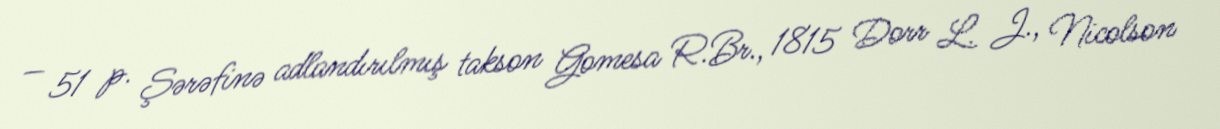
— 51 p. Şərəfinə adlandırılmış takson Gomesa R.Br., 1815 Dorr L. J., Nicolson